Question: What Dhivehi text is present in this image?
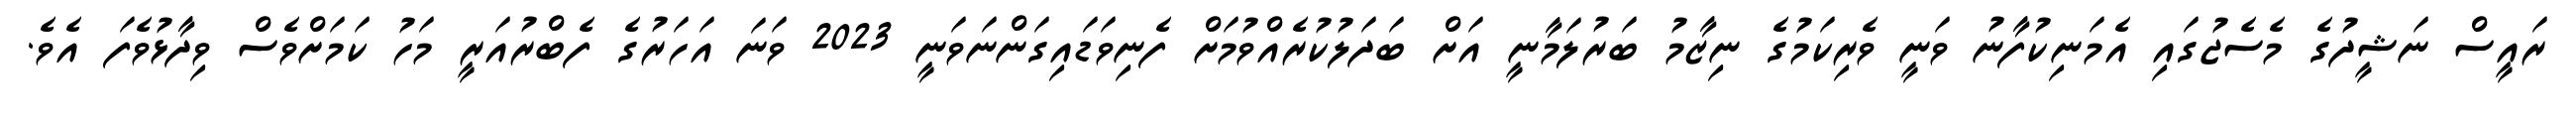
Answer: ރައީސް ނަޝީދުގެ މެސެޖުގައި އެމަނިކުފާނު ވަނީ ވެރިކަމުގެ ނިޒާމު ބަރުލަމާނީ އަށް ބަދަލުކުރެއްވުމަށް ފެނިވަޑައިގަންނަވަނީ 2023 ވަނަ އަހަރުގެ ފެބްރުއަރީ މަހު ކަމަށްވެސް ވިދާޅުވެފަ އެވެ.